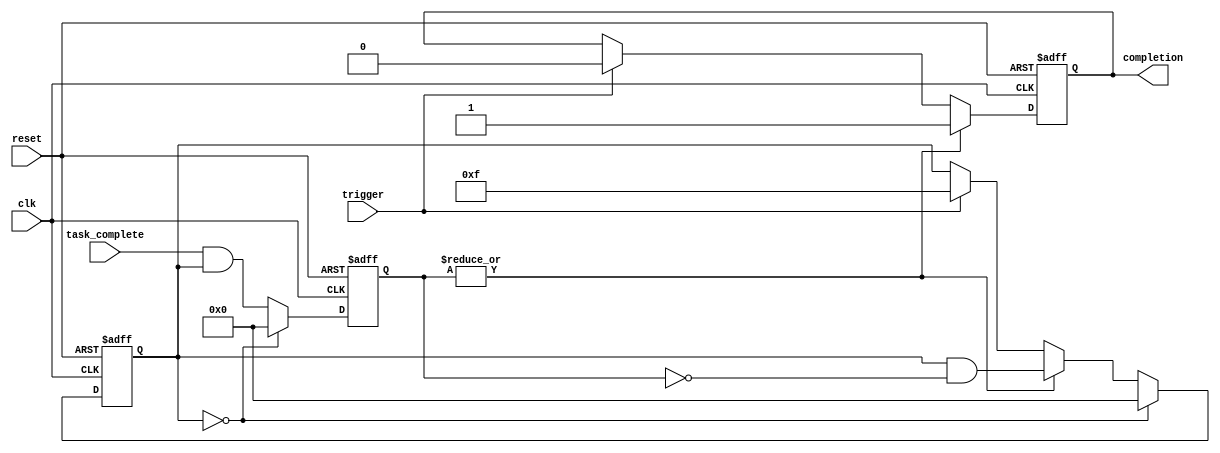
module ForkJoinAny #(
    parameter NUM_TASKS = 4 // Number of parallel tasks
)(
    input wire clk,                // Clock signal
    input wire reset,              // Reset signal
    input wire trigger,            // Trigger signal to start tasks
    input wire [NUM_TASKS-1:0] task_complete, // Completion signals from tasks
    output reg completion          // Completion signal
);

    // Internal state to track active tasks
    reg [NUM_TASKS-1:0] active_tasks;
    reg [NUM_TASKS-1:0] completed_tasks;

    // State machine to handle the fork-join behavior
    always @(posedge clk or posedge reset) begin
        if (reset) begin
            // Reset internal states
            active_tasks <= 0;
            completed_tasks <= 0;
            completion <= 0;
        end else begin
            if (trigger) begin
                // Start the tasks by setting active_tasks
                active_tasks <= {NUM_TASKS{1'b1}}; // Set all tasks as active
                completion <= 0; // Reset completion signal
            end
            
            // Check for task completions
            completed_tasks <= task_complete & active_tasks; // Identify completed tasks
            
            if (|completed_tasks) begin
                // If any task has completed
                completion <= 1; // Assert completion signal
                active_tasks <= active_tasks & ~completed_tasks; // Update active tasks
            end
            
            // Optionally, if all tasks are completed, reset the state
            if (active_tasks == 0) begin
                // All tasks completed, reset for next trigger
                active_tasks <= 0;
                completed_tasks <= 0;
            end
        end
    end

endmodule